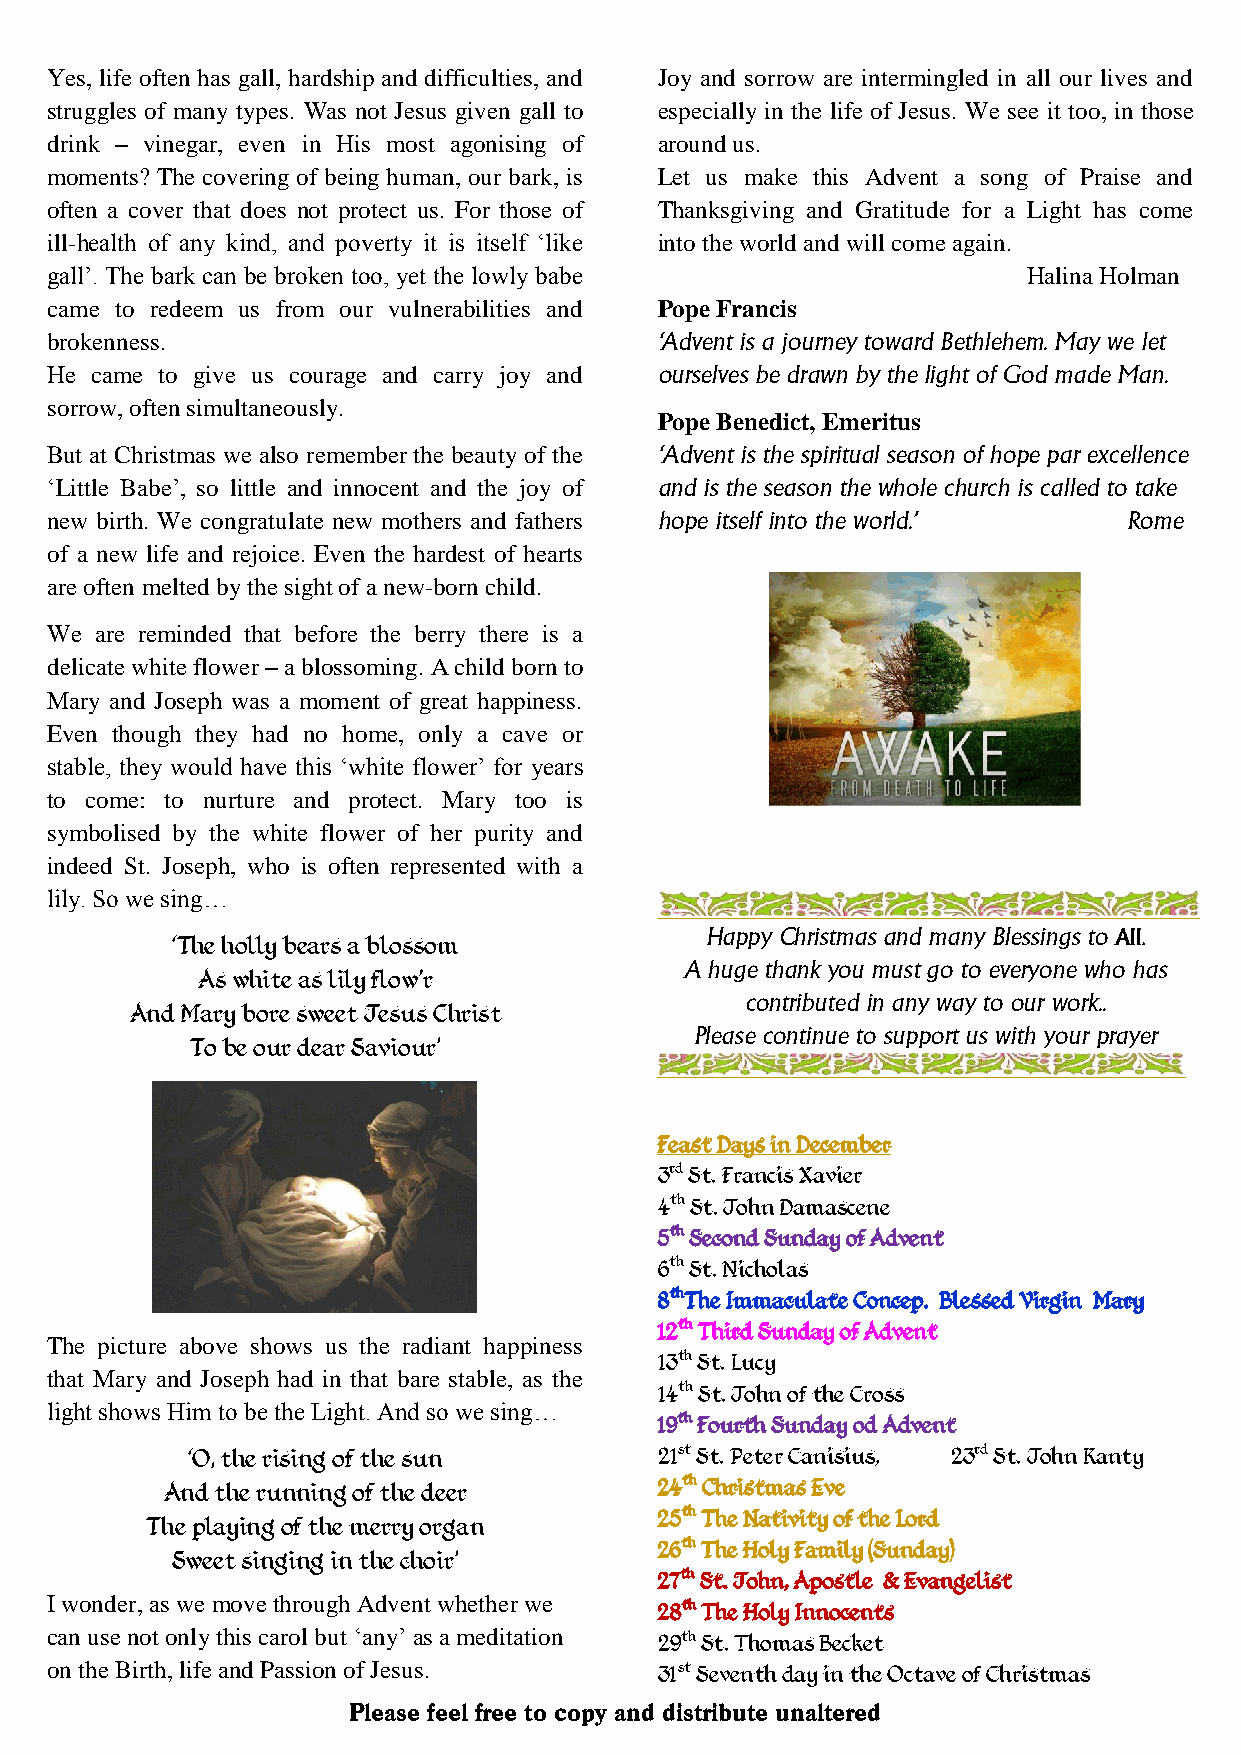
Yes, life often has gall, hardship and difficulties, and Joy and sorrow are intermingled in all our lives and
 struggles of many types. Was not Jesus given gall to especially in the life of Jesus. We see it too, in those
 drink – vinegar, even in His most agonising of around us.
 moments? The covering of being human, our bark, is Let us make this Advent a song of Praise and
 often a cover that does not protect us. For those of Thanksgiving and Gratitude for a Light has come
 ill-health of any kind, and poverty it is itself ‘like into the world and will come again.
 gall’. The bark can be broken too, yet the lowly babe            Halina Holman
 came to redeem us from our vulnerabilities and Pope Francis
 brokenness.                              ‘Advent is a journey toward Bethlehem. May we let
 He came to give us courage and carry joy and ourselves be drawn by the light of God made Man.
 sorrow, often simultaneously.
 Pope Benedict, Emeritus
 But at Christmas we also remember the beauty of the ‘Advent is the spiritual season of hope par excellence
 ‘Little Babe’, so little and innocent and the joy of and is the season the whole church is called to take
 new birth. We congratulate new mothers and fathers hope itself into the world.’ Rome
 of a new life and rejoice. Even the hardest of hearts
 are often melted by the sight of a new-born child.
 We are reminded that before the berry there is a
 delicate white flower – a blossoming. A child born to
 Mary and Joseph was a moment of great happiness.
 Even though they had no home, only a cave or
 stable, they would have this ‘white flower’ for years
 to come: to nurture and protect. Mary too is
 symbolised by the white flower of her purity and
 indeed St. Joseph, who is often represented with a
 lily. So we sing…
 Happy Christmas and many Blessings to All.
 ‘The holly bears a blossom
 A huge thank you must go to everyone who has
 As white as lily flow'r
 contributed in any way to our work..
 And Mary bore sweet Jesus Christ
 Please continue to support us with your prayer
 To be our dear Saviour’
 Feast Days in December
 3rd St. Francis Xavier
 4th St. John Damascene
 5th Second Sunday of Advent
 6th St. Nicholas
 8thThe Immaculate Concep. Blessed Virgin Mary
 12th Third Sunday of Advent
 The picture above shows us the radiant happiness
 13th St. Lucy
 that Mary and Joseph had in that bare stable, as the
 14th St. John of the Cross
 light shows Him to be the Light. And so we sing…
 19th Fourth Sunday od Advent
 ‘O, the rising of the sun       21st St. Peter Canisius, 23rd St. John Kanty
 And the running of the deer      24th Christmas Eve
 25th The Nativity of the Lord
 The playing of the merry organ
 26th The Holy Family (Sunday)
 Sweet singing in the choir’
 27th St. John, Apostle & Evangelist
 I wonder, as we move through Advent whether we 28th The Holy Innocents
 can use not only this carol but ‘any’ as a meditation 29th St. Thomas Becket
 on the Birth, life and Passion of Jesus. 31st Seventh day in the Octave of Christmas
 Please feel free to copy and d i s tribute unaltered